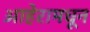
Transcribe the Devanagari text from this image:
आहेरामधून